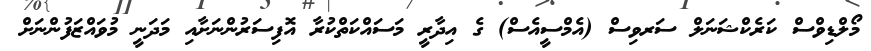
މޯލްޑިވްސް ކަރެކްޝަނަލް ސަރވިސް (އެމްސީއެސް) ގެ އިދާރީ މަސައްކަތްކުރާ އޮފިސަރުންނަށާއި މަދަނީ މުވައްޒަފުންނަށް